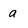
Character: a